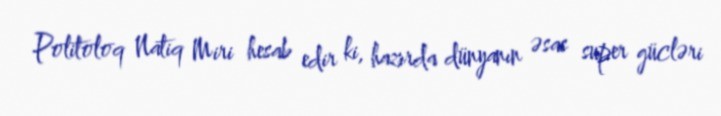
Politoloq Natiq Miri hesab edir ki, hazırda dünyanın əsas super gücləri